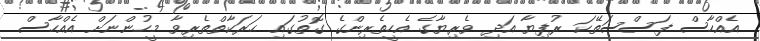
އެއްހާސް ފަސްސަތޭކަ ރުފިޔާ އަދި ވެރިޔާގެ އެހީތެރިންގެ ގޮތުގައި ޙަރަކާތްތެރިވާ މީހުންނަށް އެއްހާސް